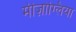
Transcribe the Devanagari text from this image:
मीज़ोग्लिया